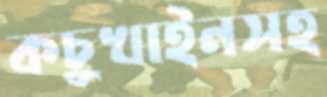
কচুখাইনসহ